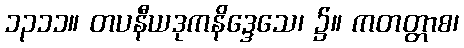
၁၃၁၁။ တပနီယဒုကနိဒ္ဒေသေ၊ ၌။ ကတတ္တာစ၊